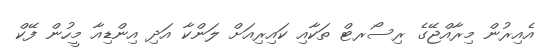
އެއިރުން މިރާއްޖޭގެ ރިސޯރޓް ތަކާއި ކައިރިއަށް ލަންކާ އަދި އިންޑިއާ މީހުން ފޭކް